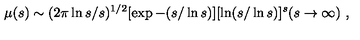
\mu ( s ) \sim ( 2 \pi \ln s / s ) ^ { 1 / 2 } [ \exp - ( s / \ln s ) ] [ \ln ( s / \ln s ) ] ^ { s } ( s \rightarrow \infty ) \ ,